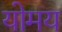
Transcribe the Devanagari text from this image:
योमय